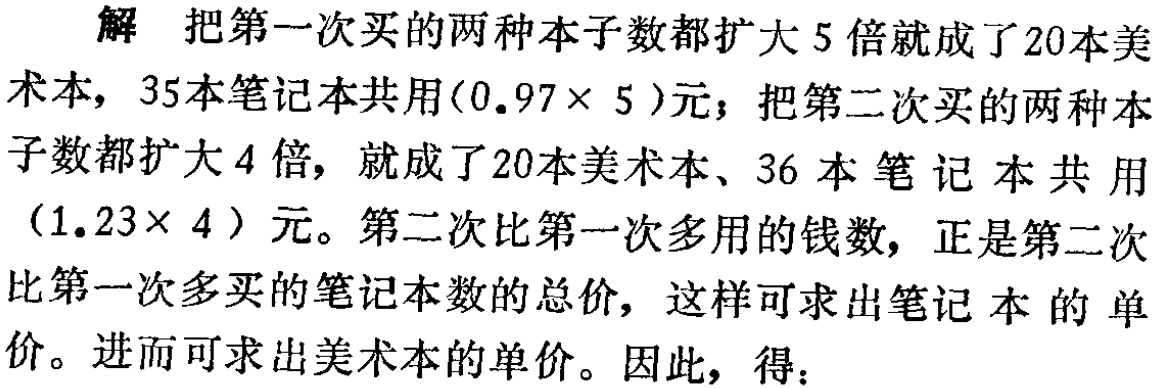
解 把第一次买的两种本子数都扩大 5 倍就成了20本美术本，35本笔记本共用\((0.97\times 5)\)元；把第二次买的两种本子数都扩大 4 倍，就成了20本美术本、36 本 笔 记 本 共 用\((1.23\times 4)\) 元。第二次比第一次多用的钱数，正是第二次比第一次多买的笔记本数的总价，这样可求出笔记 本 的 单价。进而可求出美术本的单价。因此，得：